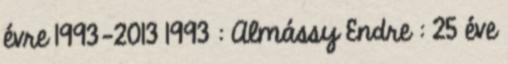
évre 1993-2013 1993 : Almássy Endre : 25 éve